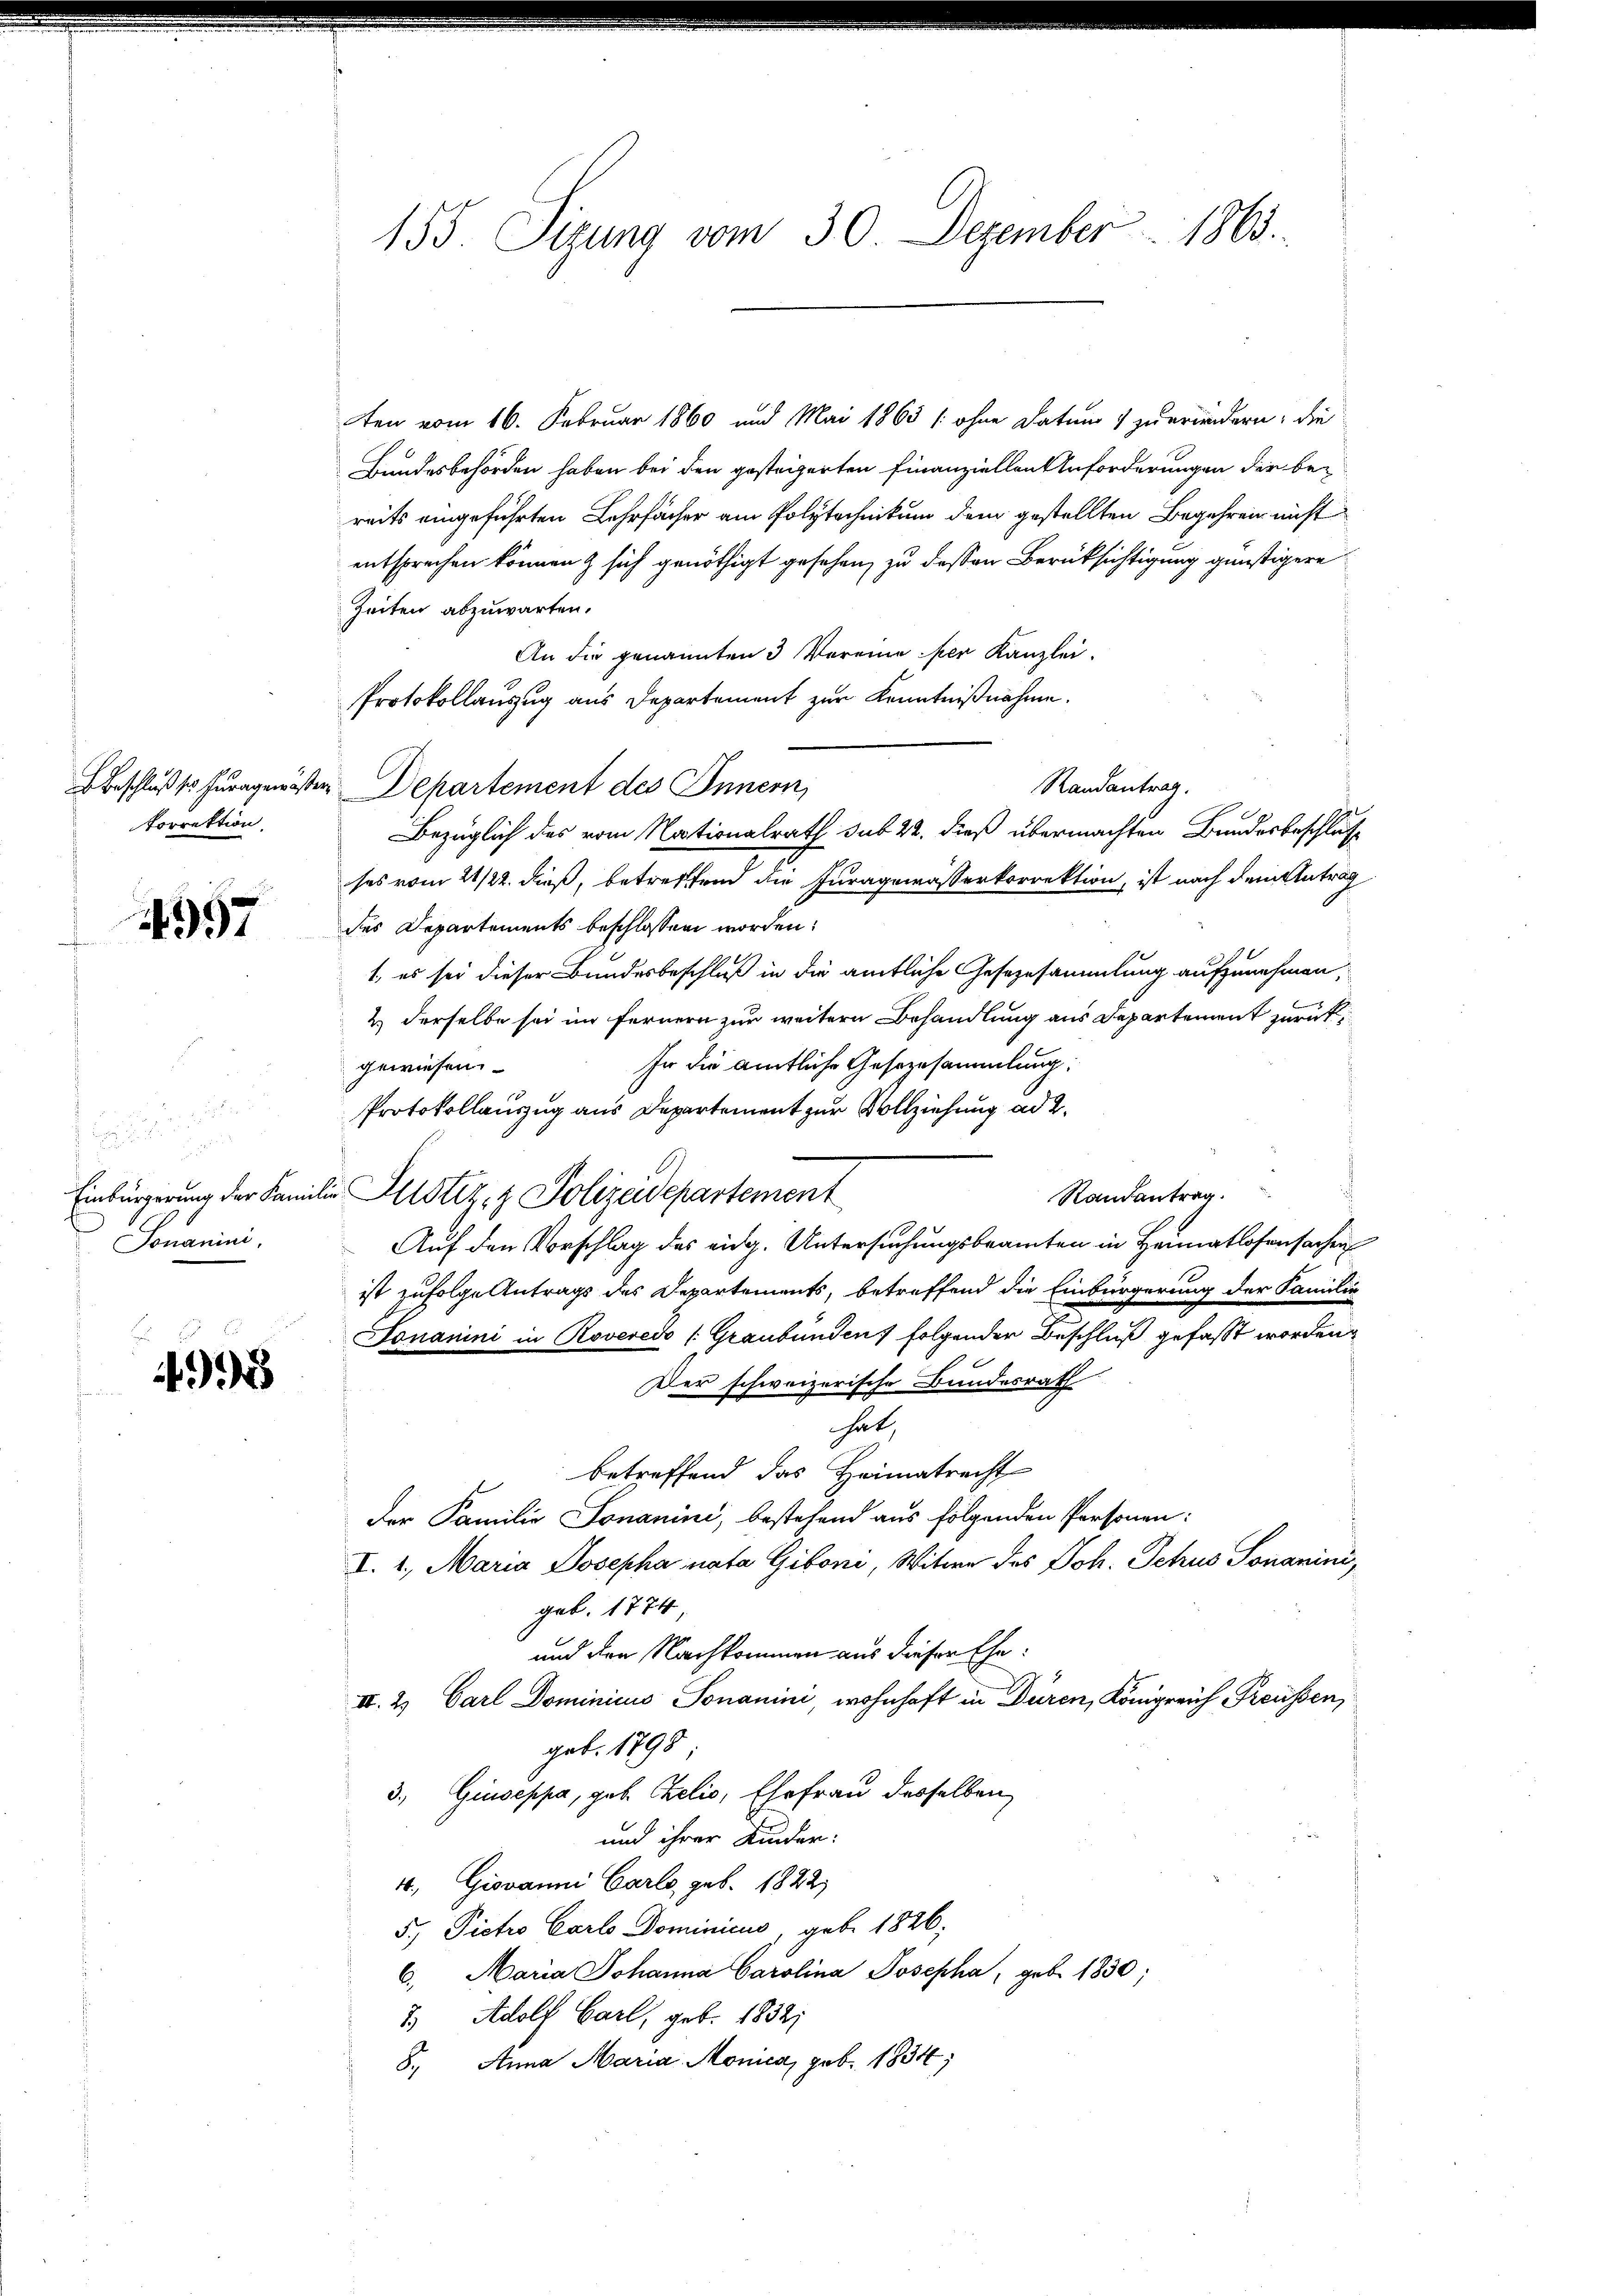
torrektion

997

.
.
Somanini.

499

155. Sizung vom 30. Dezember 1863.

ten vom 16. Februar 1860 und Mai 1863 (ohne Datum 1 zuerindern, die
Bundesbehörden haben bei den gesteigerten Finanziellen Anforderungen der bereits eingeführten Lehrfächer am Polytechnikum dem gestellten Begehren nicht
entsprechen können & sich genöthigt gesehen, zu dessen Berücksichtigung günstigere
Zeiten abzuwarten.
An die genannten 3 Vereine per Kanzlei.
Protokollauszug aus Departement zur Kenntnißnahme.
Randantrag.
Beschluß so furagensten Departement des Innern,
Bezüglich des vom Nationalrath sub 22. dieß übermachten Bundesbeschlus
ses vom 21/22. dieß, betreffend die Juragewässerkorrektion, ist nach dem Antrag
des Departements beschlossen worden.
1, es sei dieser Bundesbeschluß in die amtliche Gesezesammlung aufzunehmen,
& derselbe sei im fernern zur weitern Behandlung aus Departement zurück¬
In die amtliche Gesezesammlung:
gewiesen.
Protokollauszug aus Departement zur Vollziehung ad 2.
Randantrag.
Einbürgerung der Familie Justiz- & Polizeidepartement
Auf den Vorschlag des eidg. Untersuchungsbeamten in Heimatlosensachen
ist zufolge Antrags des Departements, betreffend die Einbürgerung der Familie
Jonanini in Roveredo (Graubünden folgender Beschluß gefasst worden,
Der schweizerische Bundesrath
hat,
betreffend das Heimatrecht
Der Familie Jonanini, bestehend aus folgenden Personen:
I. 1. Maria Josepha nata Giboni, Witwe des Joh. Schus Sonanini,
geb. 1774,
und den Nachkommen aus dieser Ehe¬
II. 2. Carl Dominicus Sonanini, wohnhaft in Düren, Königreich Preussen,
geb. 1798
3., Giuseppa, geb. Zelio, Ehefrau desselben
und ihrer Kinder
4, Giovanni Carlo, geb. 1822.
5., Pietro Carlo Dominicus, geb. 1826;
6. Maria Johanna Carolina Josepha, geb. 1830;
7. Adolf Carl, geb. 1832;
8., Anna Maria Monica, geb. 1834;